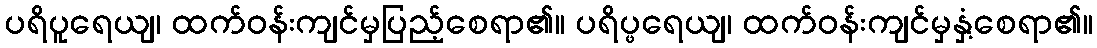
ပရိပူရေယျ၊ ထက်ဝန်းကျင်မှပြည့်စေရာ၏။ ပရိပ္ဖရေယျ၊ ထက်ဝန်းကျင်မှနှံ့စေရာ၏။